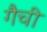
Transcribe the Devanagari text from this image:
गैची